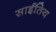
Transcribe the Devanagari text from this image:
साईतिय